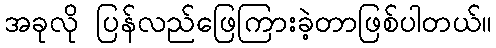
အခုလို ပြန်လည်ဖြေကြားခဲ့တာဖြစ်ပါတယ်။